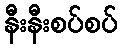
နီးနီးစပ်စပ်